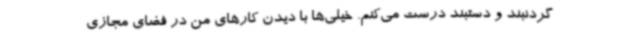
گردنبند و دستبند درست می‌کنم. خیلی‌ها با دیدن کارهای من در فضای مجازی